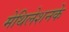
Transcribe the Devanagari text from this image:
मेथिलेशनके